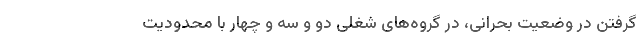
گرفتن در وضعیت بحرانی، در گروه‌های شغلی دو و سه و چهار با محدودیت